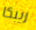
ريبكا